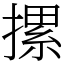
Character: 摞